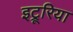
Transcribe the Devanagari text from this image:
इट्रूरिया